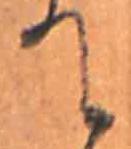
て